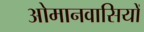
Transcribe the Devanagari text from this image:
ओमानवासियों